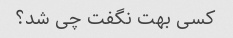
کسی بهت نگفت چی شد؟